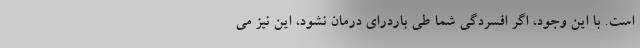
است. با این وجود، اگر افسردگی شما طی باردرای درمان نشود، این نیز می